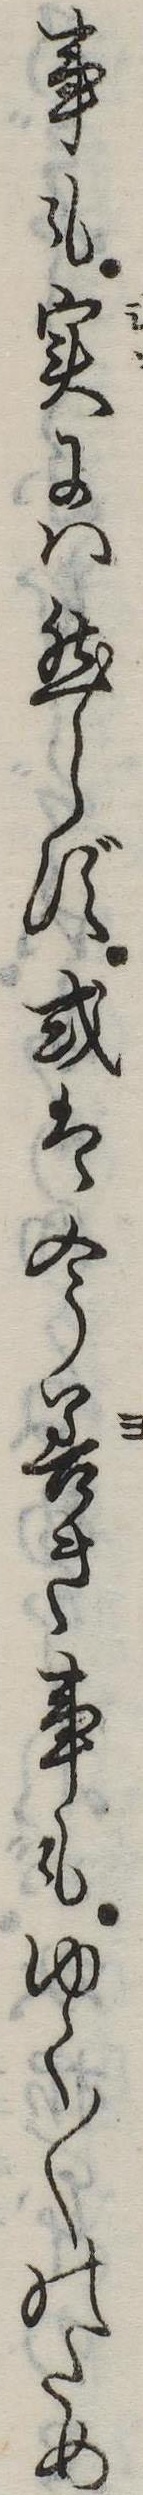
事も実には然らず或は今善き事もゆく〱のため